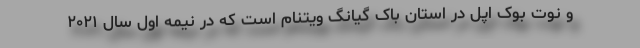
و نوت بوک اپل در استان باک گیانگ ویتنام است که در نیمه اول سال ۲۰۲۱